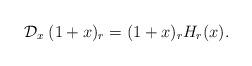
LaTeX: \begin{align*}\mathcal{D}_x\:(1+x)_r=(1+x)_rH_r(x). \end{align*}